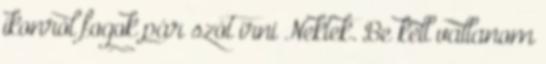
ikonról fogok pár szót írni Nektek. Be kell vallanom